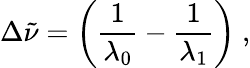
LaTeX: \Delta{\tilde{\nu}}=\left({\frac{1}{\lambda_{0}}}-{\frac{1}{\lambda_{1}}}\right)\ ,